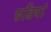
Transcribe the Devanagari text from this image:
छडियां